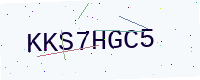
Text: KKS7HGC5